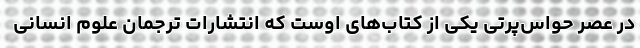
در عصر حواس‌پرتی یکی از کتاب‌های اوست که انتشارات ترجمان علوم انسانی